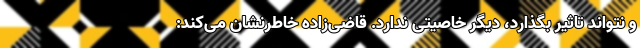
و نتواند تاثیر بگذارد، دیگر خاصیتی ندارد. قاضی‌زاده خاطرنشان می‌کند: